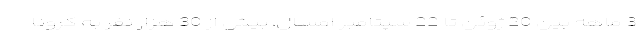
3 ماهه بین 20 ژوئن تا 22 سپتامبر امسال، بیش از 30 هزار نفر به کرونا